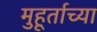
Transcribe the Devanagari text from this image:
मुहूर्ताच्या